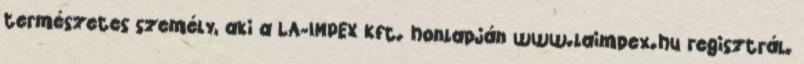
természetes személy, aki a LA-IMPEX Kft. honlapján www.laimpex.hu regisztrál.